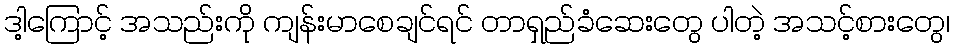
ဒါ့ကြောင့် အသည်းကို ကျန်းမာစေချင်ရင် တာရှည်ခံဆေးတွေ ပါတဲ့ အသင့်စားတွေ၊